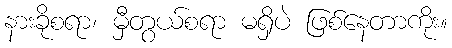
နားခိုစရာ၊ မှီတွယ်စရာ မရှိပဲ ဖြစ်နေတာကိုး။